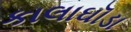
કાલાઘૉડા